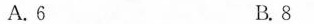
A.6 B.8